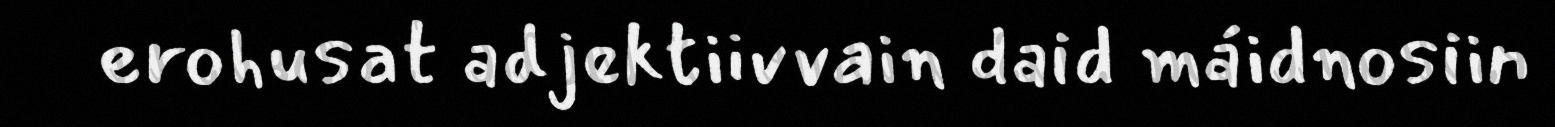
erohusat adjektiivvain daid máidnosiin